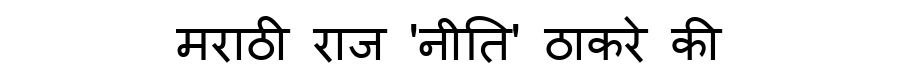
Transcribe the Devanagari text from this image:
मराठी राज 'नीति' ठाकरे की